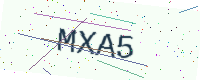
Text: MXA5